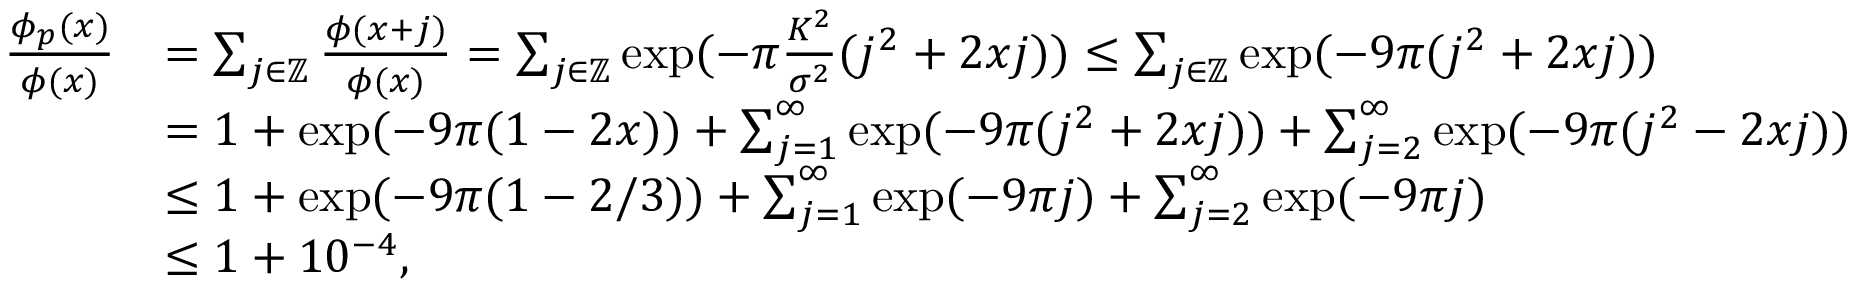
\begin{array} { r l } { \frac { \phi _ { p } ( x ) } { \phi ( x ) } } & { = \sum _ { j \in \mathbb { Z } } \frac { \phi ( x + j ) } { \phi ( x ) } = \sum _ { j \in \mathbb { Z } } \exp ( - \pi \frac { K ^ { 2 } } { \sigma ^ { 2 } } ( j ^ { 2 } + 2 x j ) ) \le \sum _ { j \in \mathbb { Z } } \exp ( - 9 \pi ( j ^ { 2 } + 2 x j ) ) } \\ & { = 1 + \exp ( - 9 \pi ( 1 - 2 x ) ) + \sum _ { j = 1 } ^ { \infty } \exp ( - 9 \pi ( j ^ { 2 } + 2 x j ) ) + \sum _ { j = 2 } ^ { \infty } \exp ( - 9 \pi ( j ^ { 2 } - 2 x j ) ) } \\ & { \le 1 + \exp ( - 9 \pi ( 1 - 2 / 3 ) ) + \sum _ { j = 1 } ^ { \infty } \exp ( - 9 \pi j ) + \sum _ { j = 2 } ^ { \infty } \exp ( - 9 \pi j ) } \\ & { \le 1 + 1 0 ^ { - 4 } , } \end{array}